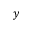
y